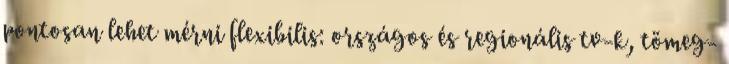
pontosan lehet mérni flexibilis: országos és regionális tv-k, tömeg-